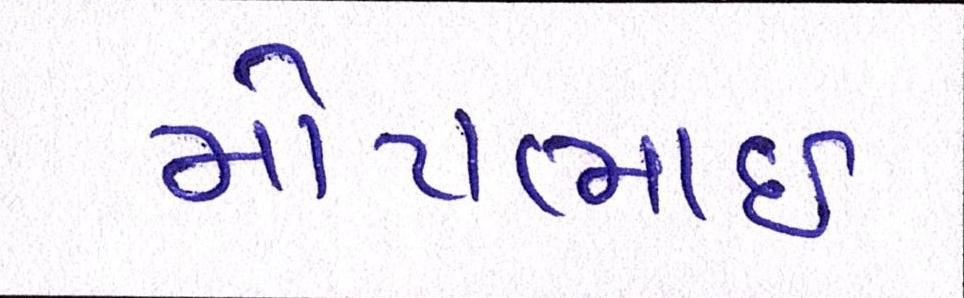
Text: મોટાભાઈ